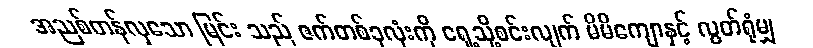
အညစ်တန်လှသော မြင်း သည် ဇက်တစ်ခုလုံးကို ရှေ့သို့စင်းလျက် မိမိကျောနှင့် လွတ်ရုံမျှ